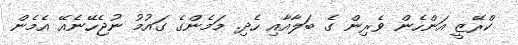
ކްރޭޒީ އަންހެން ވެރިން ގެ ބަލާއާއި ހެދި. މަމެންގެ ގައުމު ނުޖެހޭނެއޭ އެމެން